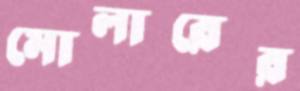
মোলারের